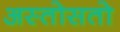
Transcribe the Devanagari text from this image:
अस्तोसतो